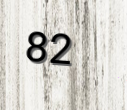
82